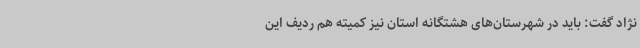
نژاد گفت: باید در شهرستان‌های هشتگانه استان نیز کمیته هم ردیف این